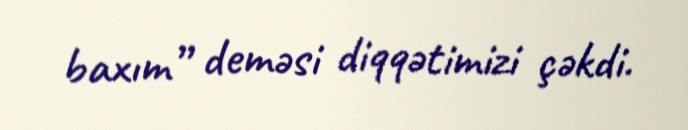
baxım” deməsi diqqətimizi çəkdi.